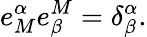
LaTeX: e_{M}^{\alpha}e_{\beta}^{M}=\delta_{\beta}^{\alpha}.